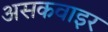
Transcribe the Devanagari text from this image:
असकवाइर